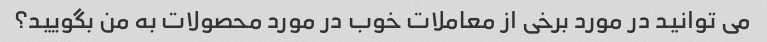
می توانید در مورد برخی از معاملات خوب در مورد محصولات به من بگویید؟